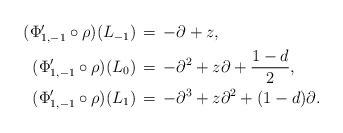
LaTeX: \begin{align*}\begin{aligned}( \Phi'_{1,-1} \circ\rho)(L_{-1}) &\,=\, - \partial + z, \\( \Phi'_{1,-1} \circ\rho)(L_{0}) &\,=\, -\partial^2+z \partial + \frac{1-d}2 ,\\( \Phi'_{1,-1} \circ\rho)(L_{1}) &\,=\, -\partial^3 + z \partial^2 +(1-d)\partial. \end{aligned}\end{align*}